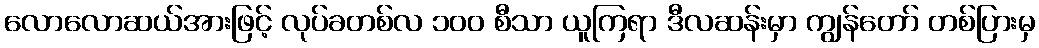
လောလောဆယ်အားဖြင့် လုပ်ခတစ်လ ၁၀၀ စီသာ ယူကြရာ ဒီလဆန်းမှာ ကျွန်တော် တစ်ပြားမှ